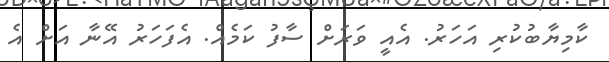
ކާމިޔާބުކުރި އަހަރު. އެއީ ވަރަށް ސާފު ކަމެއް. އެފަހަރު އޭނާ އަށް އެ